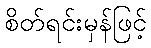
စိတ်ရင်းမှန်ဖြင့်